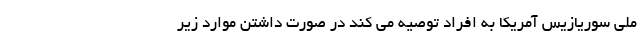
ملی سوریازیس آمریکا به افراد توصیه می کند در صورت داشتن موارد زیر